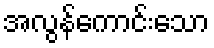
အလွန်ကောင်းသော